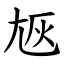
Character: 㞀